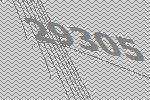
29305